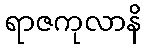
ရာဇကုလာနိ